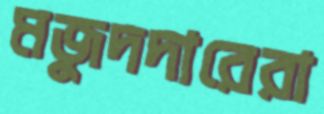
মজুদদারেরা